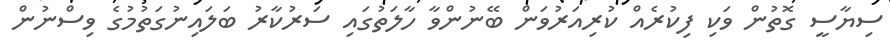
ސިޔާސީ ގޮތުން ވަކި ފިކުރެއް ކުރިއަރުވަން ބޭނުންވާ ހާލަތުގައި ސަރުކާރު ބަލައިނުގަތުމުގެ ވިސްނުން